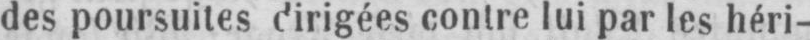
des poursuites dirigées contre lui par les héri-